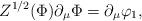
LaTeX: \begin{align*}Z^{1/2} (\Phi) \partial_\mu \Phi = \partial_\mu \varphi_1,\end{align*}